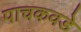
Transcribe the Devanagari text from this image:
पाचकवडे